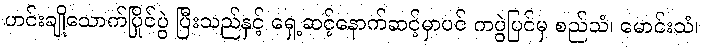
ဟင်းချိုသောက်ပြိုင်ပွဲ ပြီးသည်နှင့် ရှေ့ဆင့်နောက်ဆင့်မှာပင် ကပွဲပြင်မှ စည်သံ၊ မောင်းသံ၊